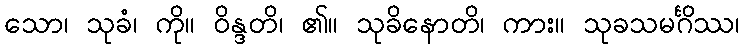
သော၊ သုခံ၊ ကို။ ဝိန္ဒတိ၊ ၏။ သုခိနောတိ၊ ကား။ သုခသမင်္ဂိဿ၊